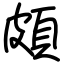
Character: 頗